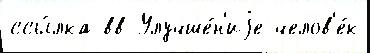
ссы́лка вв Улучше́н'иjе челов'е́к